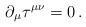
\begin{align*}\partial_{\mu} \tau^{\mu\nu}=0 \,. \end{align*}